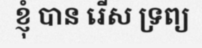
ខ្ញុំ បាន រើស ទ្រព្យ